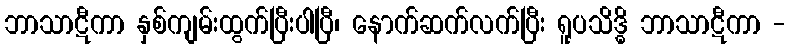
ဘာသာဋီကာ နှစ်ကျမ်းထွက်ပြီးပါပြီ၊ နောက်ဆက်လက်ပြီး ရူပသိဒ္ဓိ ဘာသာဋီကာ -